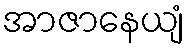
အာဇာနေယျံ